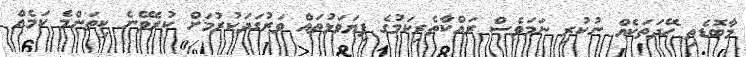
މާބޮޑެތި ހޭދަތަކެއް ނުކުރި ނަމަވެސް ރައްކާތެރިކަމުގެ ފިޔަވަޅުތައް ވަރުގަދަކުރުމަށް ކުރެވޭނެ ކިތަންމެ ކަމެއް